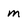
Character: m